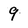
Character: 9